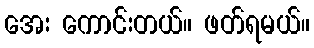
အေး ကောင်းတယ်။ ဖတ်ရမယ်။